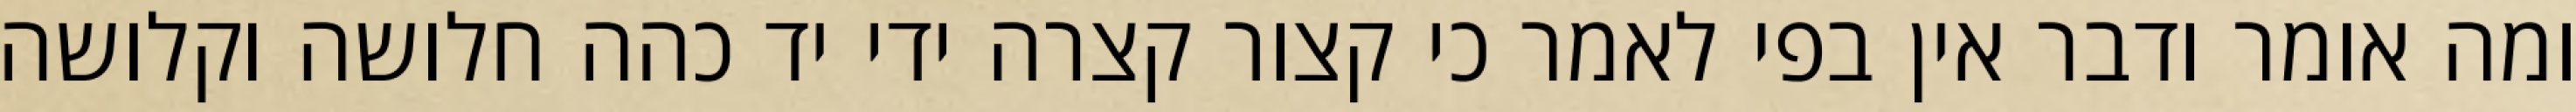
ומה אומר ודבר אין בפי לאמר כי קצור קצרה ידי יד כהה חלושה וקלושה